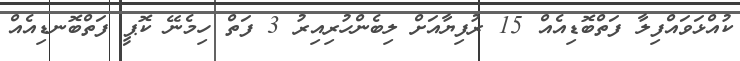
ކުއްޅަވައްފިލާ ފަތްބޮޑިއެއް 15 ރުފިޔާއަށް ލިބެންހުރިއިރު 3 ފަތް ހިމެނޭ ކޮޕީ ފަތްބޮނޑިއެއް